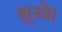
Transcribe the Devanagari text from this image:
भूखे।